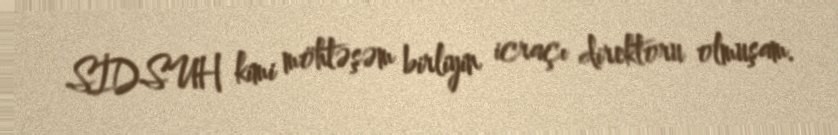
SİDSUH kimi möhtəşəm birliyin icraçı direktoru olmuşam.